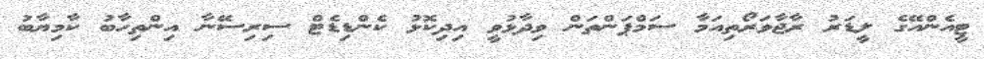
ޓީއެންއޭގެ ލީޑަރު ރާޖާވަރޯތިއަމާ ސަމްޕަންތަން ވިދާޅުވީ އިދިކޮޅު ކެންޑިޑެޓް ސިރިސޭނާ އިންތިހާބު ކާމިޔާބު